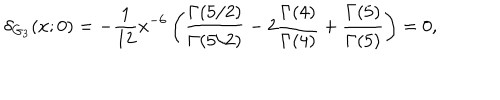
\delta _ { G _ { 3 } } ( x ; 0 ) = - { \frac { 1 } { 1 2 } } { x ^ { - 6 } } \left( { \frac { \Gamma ( 5 / 2 ) } { \Gamma ( 5 / 2 ) } } - 2 { \frac { \Gamma ( 4 ) } { \Gamma ( 4 ) } } + { \frac { \Gamma ( 5 ) } { \Gamma ( 5 ) } } \right) = 0 ,